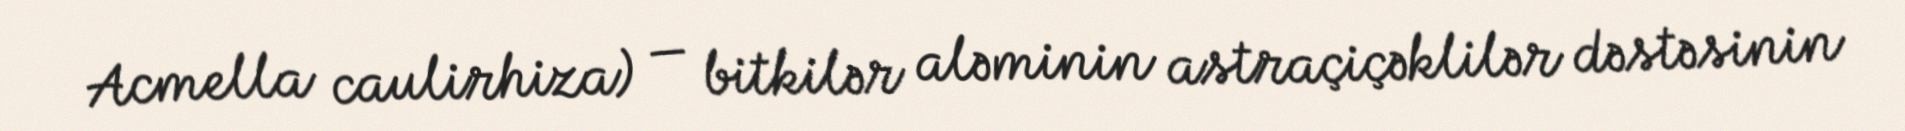
Acmella caulirhiza) — bitkilər aləminin astraçiçəklilər dəstəsinin